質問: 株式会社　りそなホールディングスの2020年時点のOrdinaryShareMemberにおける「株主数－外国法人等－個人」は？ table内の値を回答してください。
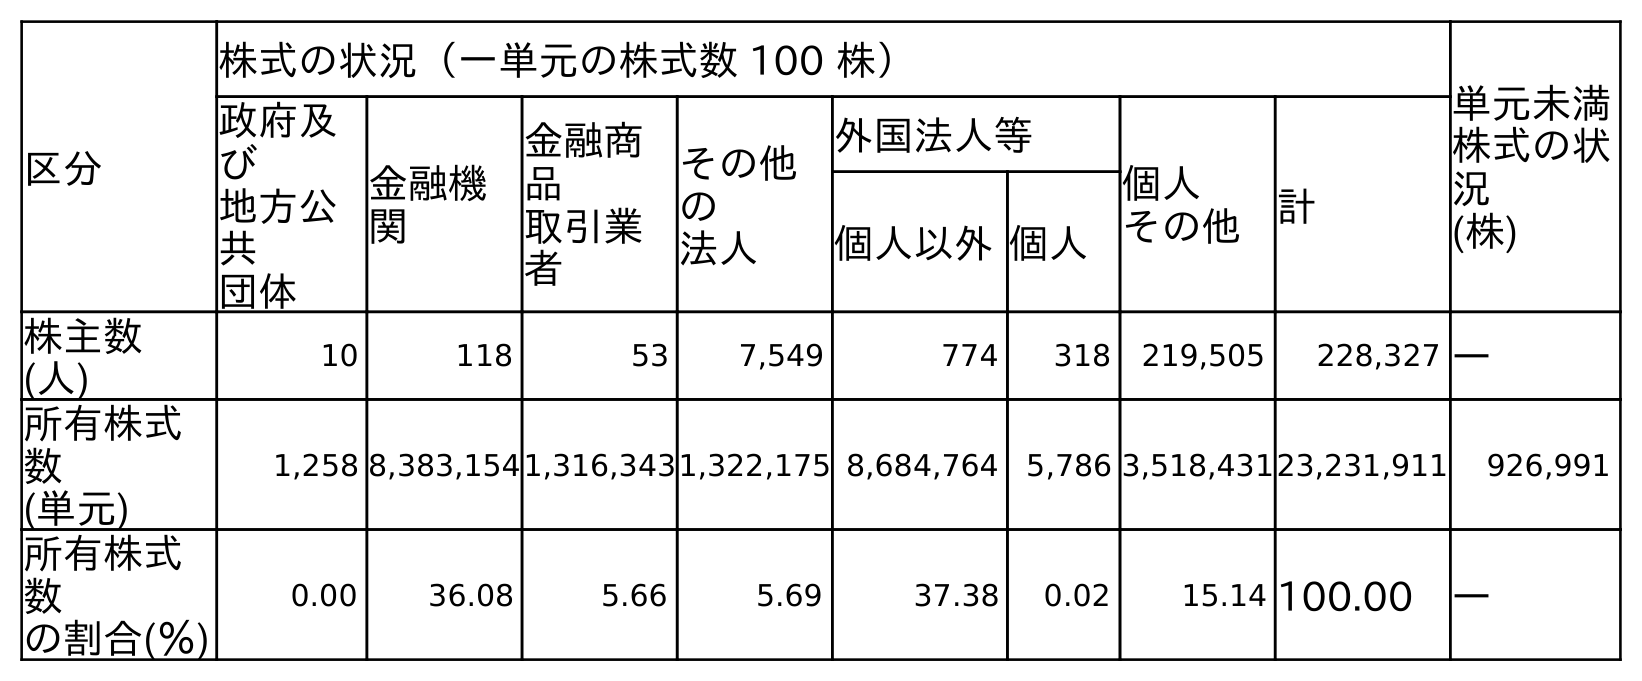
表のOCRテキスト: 区分 株式の状況（一単元の株式数 100 株） 単元未満 株式の状 況 (株) 政府及 び 地方公 共 団体 金融機 関 金融商 品 取引業 者 その他 の 法人 外国法人等 個人 その他 計 個人以外個人 株主数 (人) 10 118 53 7,549 774 318 219,505 228,327 ― 所有株式 数 (単元) 1,258 8,383,1541,316,3431,322,175 8,684,764 5,786 3,518,43123,231,911 926,991 所有株式 数 の割合(％) 0.00 36.08 5.66 5.69 37.38 0.02 15.14 100.00 ―
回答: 318